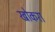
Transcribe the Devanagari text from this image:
खोकरा